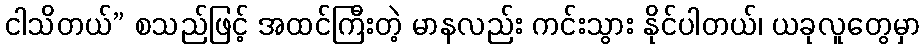
ငါသိတယ်” စသည်ဖြင့် အထင်ကြီးတဲ့ မာနလည်း ကင်းသွား နိုင်ပါတယ်၊ ယခုလူတွေမှာ